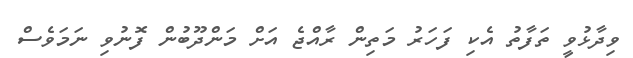
ވިދާޅުވީ ތަފާތު އެކި ފަހަރު މަތިން ރާއްޖެ އަށް މަންދޫބުން ފޮނުވި ނަމަވެސް